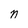
Character: n